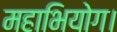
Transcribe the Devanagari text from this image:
महाभियोग।